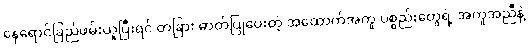
နေရောင်ခြည်ဖမ်းယူပြီးရင် တခြား ဓာတ်ပြုပေးတဲ့ အထောက်အကူ ပစ္စည်းတွေရဲ့ အကူအညီနဲ့